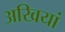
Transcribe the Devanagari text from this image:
अखियां